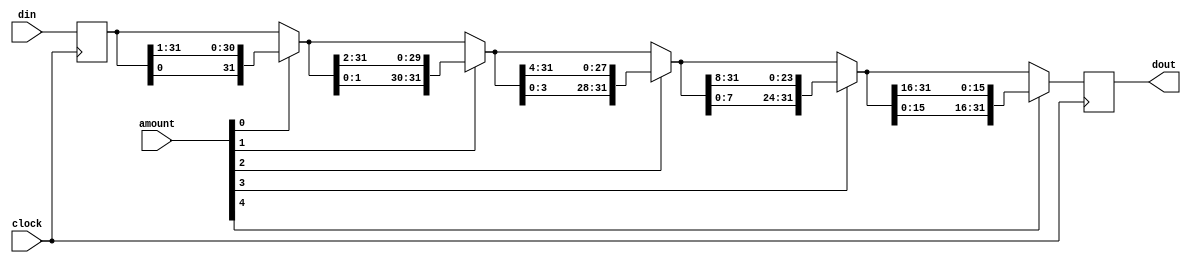
// Right rotator.
//


module rotate(clock,amount,din,dout);
    input	      clock;
    input [4:0] amount;
    input [31:0]    din;
    output [31:0]   dout;

    reg [31:0]      dout;
    reg [31:0]      inr;

    wire [31:0] tmp0;
    wire [31:0] tmp1;
    wire [31:0] tmp2;
    wire [31:0] tmp3;
    wire [31:0] tmp4;
    wire [31:0] tmp5;

    initial begin
	dout = 0;
	inr = 0;
    end

    assign tmp0 = inr;
    assign tmp1 = amount[0] ?
	{tmp0[0:0], tmp0[31:1]} : tmp0;
    assign tmp2 = amount[1] ?
	{tmp1[1:0], tmp1[31:2]} : tmp1;
    assign tmp3 = amount[2] ?
	{tmp2[3:0], tmp2[31:4]} : tmp2;
    assign tmp4 = amount[3] ?
	{tmp3[7:0], tmp3[31:8]} : tmp3;
    assign tmp5 = amount[4] ?
	{tmp4[15:0], tmp4[31:16]} : tmp4;

    always @ (posedge clock) begin
	dout = tmp5;
	inr = din;
    end // always @ (posedge clock)

endmodule // rotate